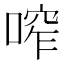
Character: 鿽